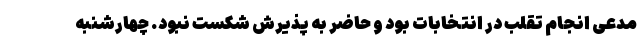
مدعی انجام تقلب در انتخابات بود و حاضر به پذیرش شکست نبود. چهارشنبه